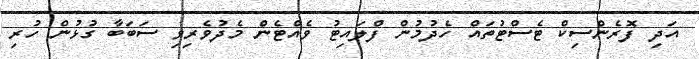
އަދި ފޮރެންސިކް ޓެސްޓުތައް ހެދުމުން ފްލައިޓު ވެއްޓެން މެދުވެރިވި ސަބަބާ ގުޅުން ހުރި